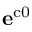
\mathbf { e } ^ { \mathrm { { c 0 } } }